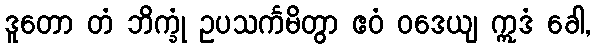
ဒူတော တံ ဘိက္ခုံ ဥပသင်္ကမိတွာ ဧဝံ ဝဒေယျ ဣဒံ ခေါ,